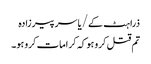
ذرا ہٹ کے/یاسر پیرزادہ
تم قتل کرو ہو کہ کرامات کرو ہو۔